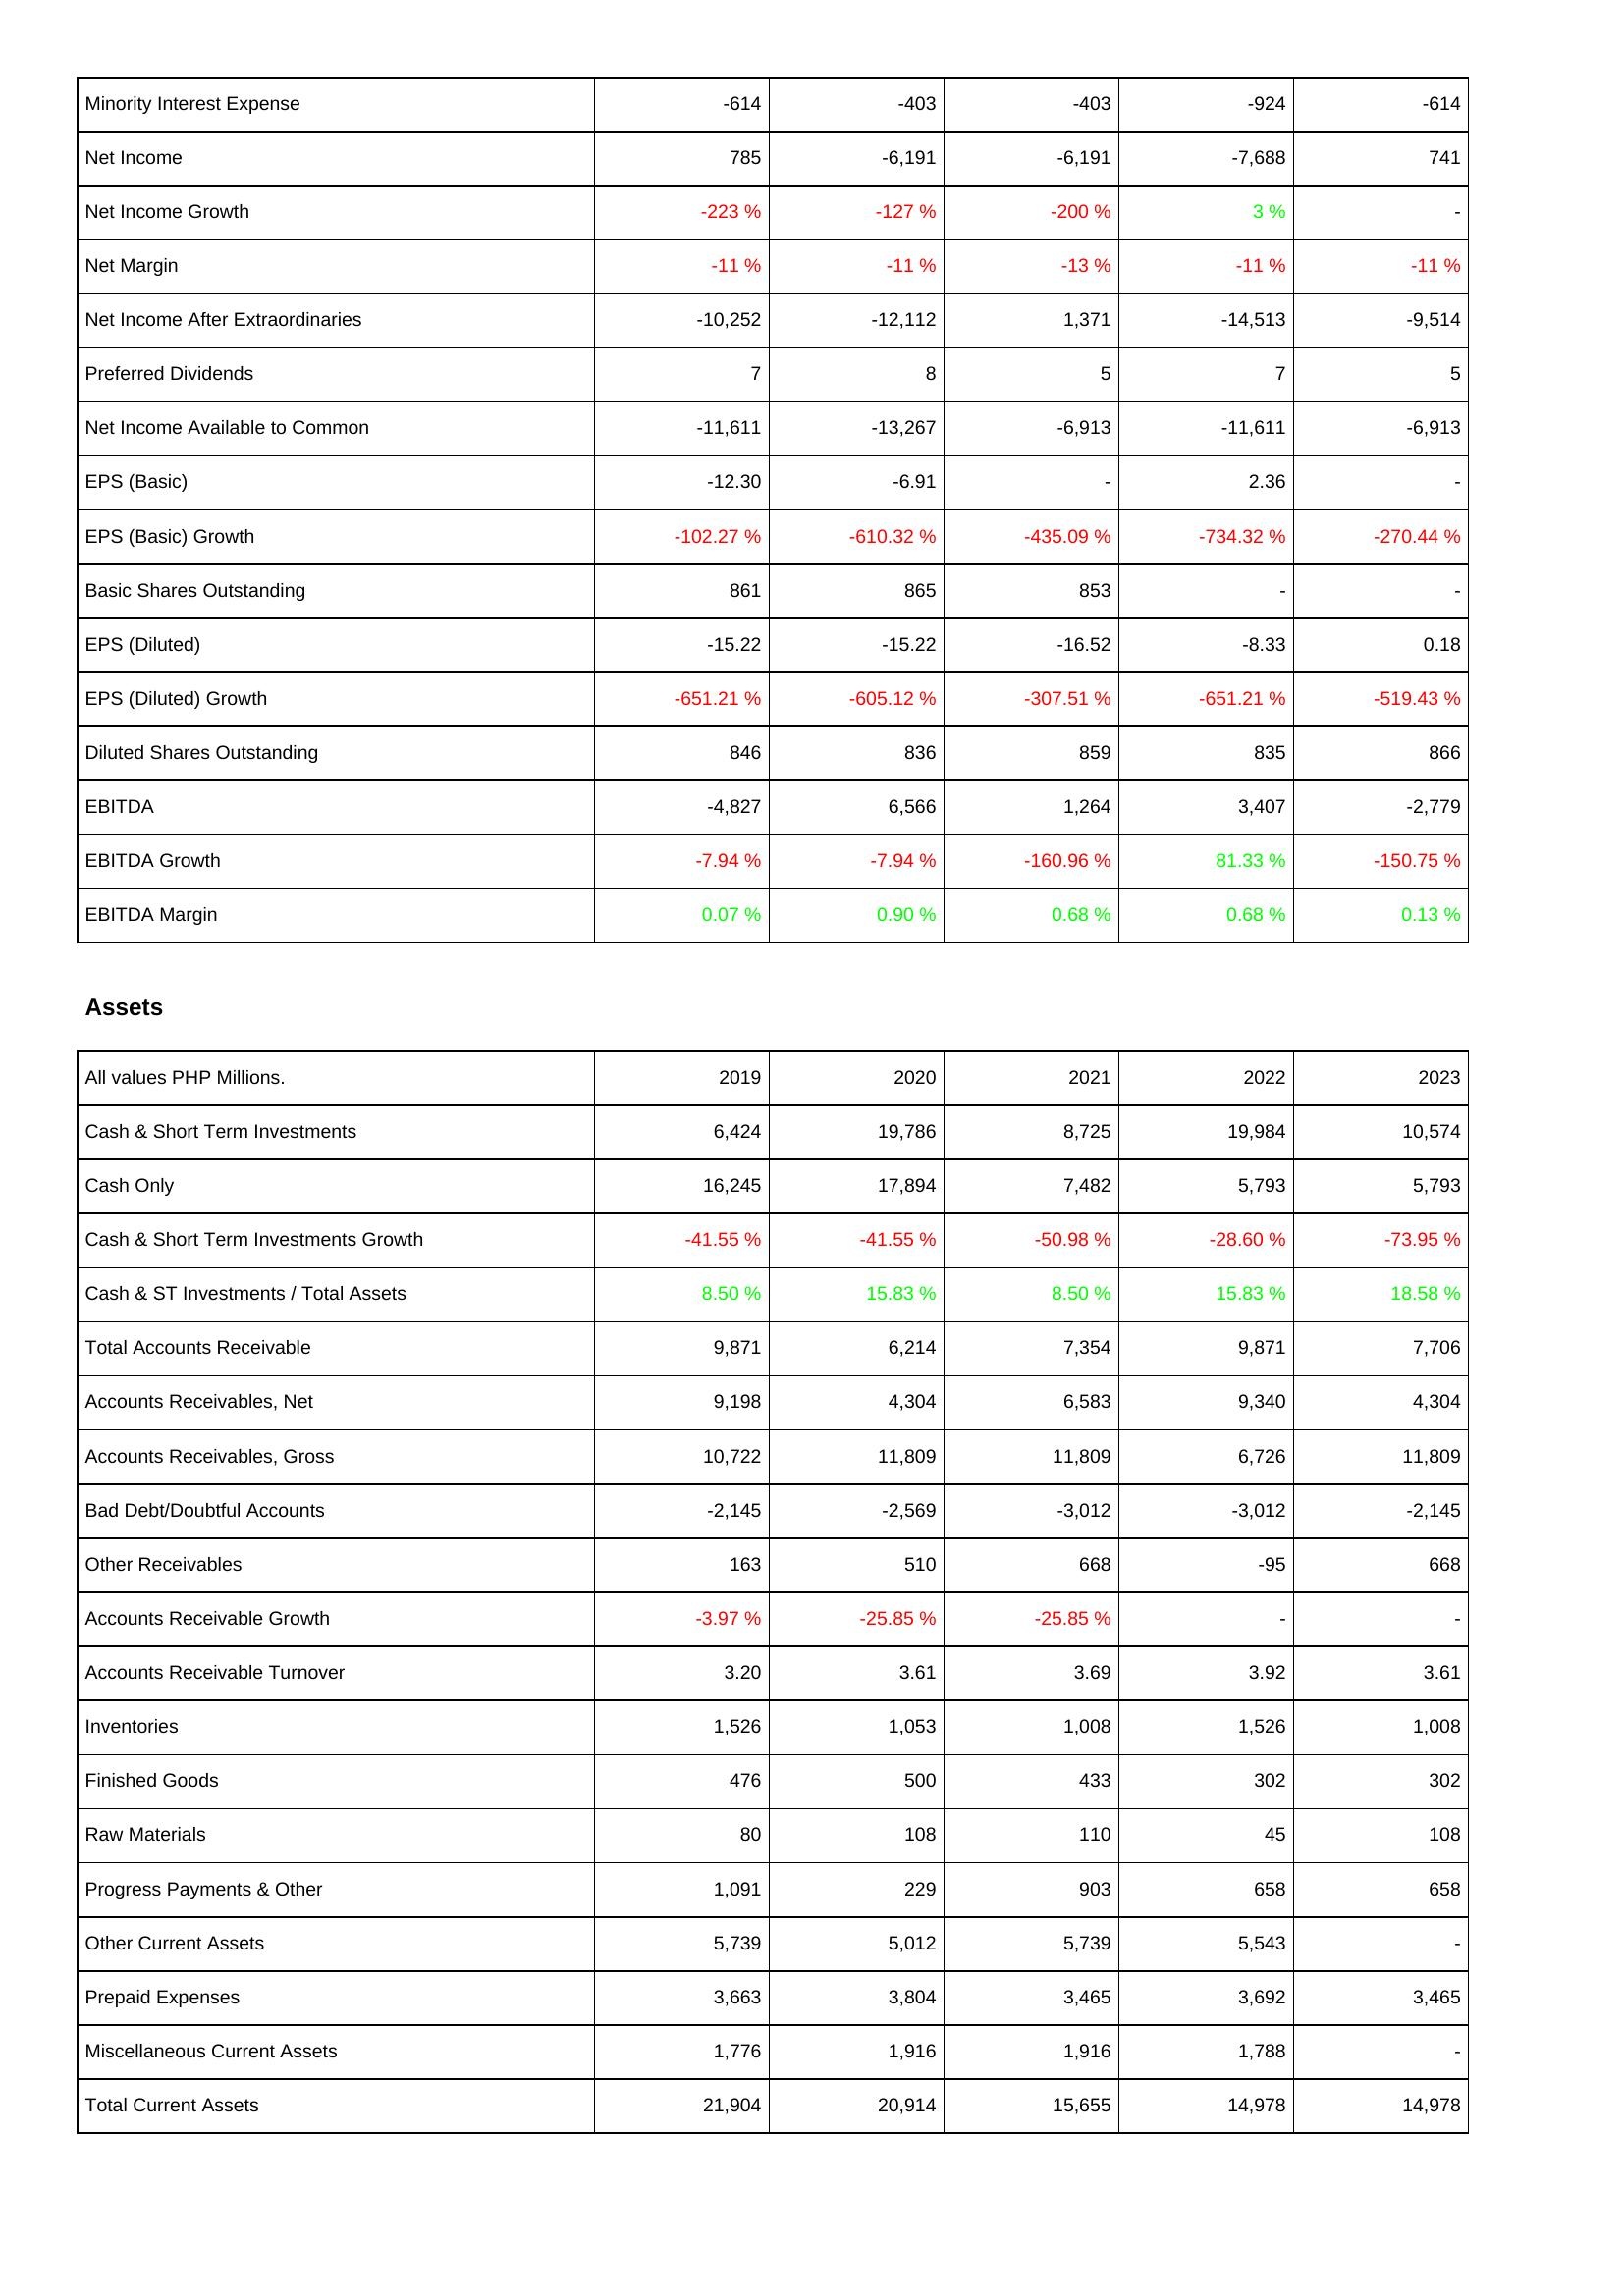
2019: Income Statement: Minority Interest Expense: -614
Net Income: 785
Net Income Growth: -223 %
Net Margin: -11 %
Net Income After Extraordinaries: -10,252
Preferred Dividends: 7
Net Income Available to Common: -11,611
EPS (Basic): -12.30
EPS (Basic) Growth: -102.27 %
Basic Shares Outstanding: 861
EPS (Diluted): -15.22
EPS (Diluted) Growth: -651.21 %
Diluted Shares Outstanding: 846
EBITDA: -4,827
EBITDA Growth: -7.94 %
EBITDA Margin: 0.07 %
Assets: Cash & Short Term Investments: 6,424
Cash Only: 16,245
Cash & Short Term Investments Growth: -41.55 %
Cash & ST Investments / Total Assets: 8.50 %
Total Accounts Receivable: 9,871
Accounts Receivables, Net: 9,198
Accounts Receivables, Gross: 10,722
Bad Debt/Doubtful Accounts: -2,145
Other Receivables: 163
Accounts Receivable Growth: -3.97 %
Accounts Receivable Turnover: 3.20
Inventories: 1,526
Finished Goods: 476
Raw Materials: 80
Progress Payments & Other: 1,091
Other Current Assets: 5,739
Prepaid Expenses: 3,663
Miscellaneous Current Assets: 1,776
Total Current Assets: 21,904
2020: Income Statement: Minority Interest Expense: -403
Net Income: -6,191
Net Income Growth: -127 %
Net Margin: -11 %
Net Income After Extraordinaries: -12,112
Preferred Dividends: 8
Net Income Available to Common: -13,267
EPS (Basic): -6.91
EPS (Basic) Growth: -610.32 %
Basic Shares Outstanding: 865
EPS (Diluted): -15.22
EPS (Diluted) Growth: -605.12 %
Diluted Shares Outstanding: 836
EBITDA: 6,566
EBITDA Growth: -7.94 %
EBITDA Margin: 0.90 %
Assets: Cash & Short Term Investments: 19,786
Cash Only: 17,894
Cash & Short Term Investments Growth: -41.55 %
Cash & ST Investments / Total Assets: 15.83 %
Total Accounts Receivable: 6,214
Accounts Receivables, Net: 4,304
Accounts Receivables, Gross: 11,809
Bad Debt/Doubtful Accounts: -2,569
Other Receivables: 510
Accounts Receivable Growth: -25.85 %
Accounts Receivable Turnover: 3.61
Inventories: 1,053
Finished Goods: 500
Raw Materials: 108
Progress Payments & Other: 229
Other Current Assets: 5,012
Prepaid Expenses: 3,804
Miscellaneous Current Assets: 1,916
Total Current Assets: 20,914
2021: Income Statement: Minority Interest Expense: -403
Net Income: -6,191
Net Income Growth: -200 %
Net Margin: -13 %
Net Income After Extraordinaries: 1,371
Preferred Dividends: 5
Net Income Available to Common: -6,913
EPS (Basic): -
EPS (Basic) Growth: -435.09 %
Basic Shares Outstanding: 853
EPS (Diluted): -16.52
EPS (Diluted) Growth: -307.51 %
Diluted Shares Outstanding: 859
EBITDA: 1,264
EBITDA Growth: -160.96 %
EBITDA Margin: 0.68 %
Assets: Cash & Short Term Investments: 8,725
Cash Only: 7,482
Cash & Short Term Investments Growth: -50.98 %
Cash & ST Investments / Total Assets: 8.50 %
Total Accounts Receivable: 7,354
Accounts Receivables, Net: 6,583
Accounts Receivables, Gross: 11,809
Bad Debt/Doubtful Accounts: -3,012
Other Receivables: 668
Accounts Receivable Growth: -25.85 %
Accounts Receivable Turnover: 3.69
Inventories: 1,008
Finished Goods: 433
Raw Materials: 110
Progress Payments & Other: 903
Other Current Assets: 5,739
Prepaid Expenses: 3,465
Miscellaneous Current Assets: 1,916
Total Current Assets: 15,655
2022: Income Statement: Minority Interest Expense: -924
Net Income: -7,688
Net Income Growth: 3 %
Net Margin: -11 %
Net Income After Extraordinaries: -14,513
Preferred Dividends: 7
Net Income Available to Common: -11,611
EPS (Basic): 2.36
EPS (Basic) Growth: -734.32 %
Basic Shares Outstanding: -
EPS (Diluted): -8.33
EPS (Diluted) Growth: -651.21 %
Diluted Shares Outstanding: 835
EBITDA: 3,407
EBITDA Growth: 81.33 %
EBITDA Margin: 0.68 %
Assets: Cash & Short Term Investments: 19,984
Cash Only: 5,793
Cash & Short Term Investments Growth: -28.60 %
Cash & ST Investments / Total Assets: 15.83 %
Total Accounts Receivable: 9,871
Accounts Receivables, Net: 9,340
Accounts Receivables, Gross: 6,726
Bad Debt/Doubtful Accounts: -3,012
Other Receivables: -95
Accounts Receivable Growth: -
Accounts Receivable Turnover: 3.92
Inventories: 1,526
Finished Goods: 302
Raw Materials: 45
Progress Payments & Other: 658
Other Current Assets: 5,543
Prepaid Expenses: 3,692
Miscellaneous Current Assets: 1,788
Total Current Assets: 14,978
2023: Income Statement: Minority Interest Expense: -614
Net Income: 741
Net Income Growth: -
Net Margin: -11 %
Net Income After Extraordinaries: -9,514
Preferred Dividends: 5
Net Income Available to Common: -6,913
EPS (Basic): -
EPS (Basic) Growth: -270.44 %
Basic Shares Outstanding: -
EPS (Diluted): 0.18
EPS (Diluted) Growth: -519.43 %
Diluted Shares Outstanding: 866
EBITDA: -2,779
EBITDA Growth: -150.75 %
EBITDA Margin: 0.13 %
Assets: Cash & Short Term Investments: 10,574
Cash Only: 5,793
Cash & Short Term Investments Growth: -73.95 %
Cash & ST Investments / Total Assets: 18.58 %
Total Accounts Receivable: 7,706
Accounts Receivables, Net: 4,304
Accounts Receivables, Gross: 11,809
Bad Debt/Doubtful Accounts: -2,145
Other Receivables: 668
Accounts Receivable Growth: -
Accounts Receivable Turnover: 3.61
Inventories: 1,008
Finished Goods: 302
Raw Materials: 108
Progress Payments & Other: 658
Other Current Assets: -
Prepaid Expenses: 3,465
Miscellaneous Current Assets: -
Total Current Assets: 14,978